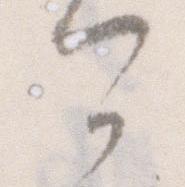
可